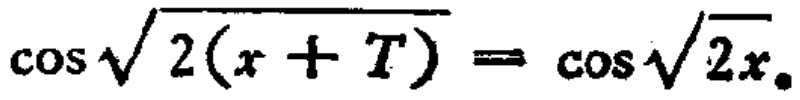
\(\cos\sqrt{2(x + T)} = \cos\sqrt{2x}\)